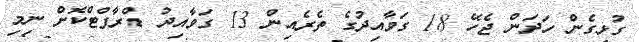
ގުޅިގެން ހަދަން ޖެހޭ 18 ގަވާއިދުގެ ތެރެއިން 13 ގަވާއިދު ޑްރާފްޓްކޮށް ނިމި